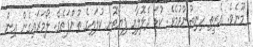
މޫނެވެ. އެރީތި ހިނިތުންވުމެވެ. ކުޑަ ދެލޮލާއި ފިޔާތޮށި ކުލައިގެ ތުންފަތެވެ. ލޯމަރައިގެން އިން